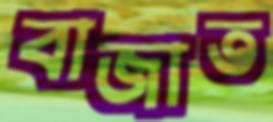
বাজাত